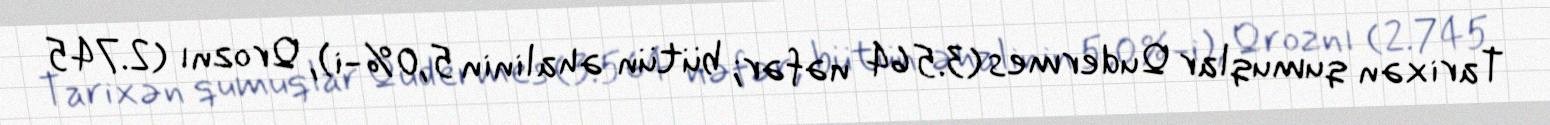
Tarixən qumuqlar Qudermes (3.564 nəfər; bütün əhalinin 5,0%-i), Qroznı (2.745